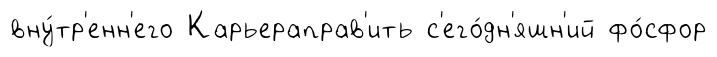
вну́тр'енн'его Карьераправ'ить с'его́дн'яшн'ий фо́сфор